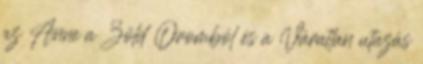
az Anne a Zöld Oromból és a Váratlan utazás